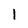
Character: 1